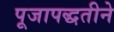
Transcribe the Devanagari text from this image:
पूजापद्धतीने